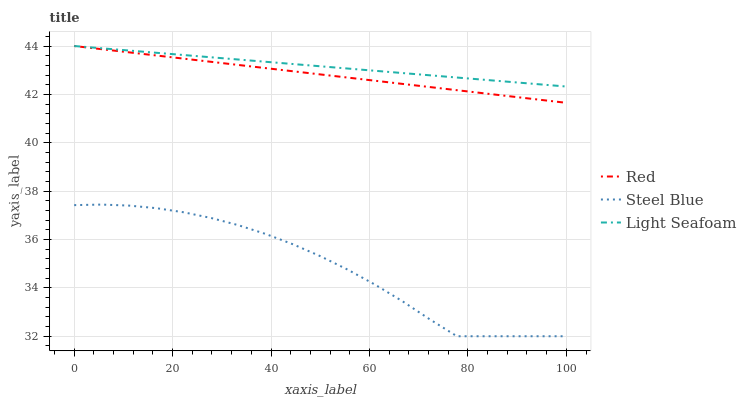
| xaxis_label | Red | Steel Blue | Light Seafoam |
 | --- | --- | --- | --- |
 | 0 | 44 | 37.4 | 44 |
 | 5.56 | 43.9 | 37.4 | 43.9 |
 | 11.1 | 43.7 | 37.4 | 43.8 |
 | 16.7 | 43.6 | 37.3 | 43.7 |
 | 22.2 | 43.5 | 37.1 | 43.6 |
 | 27.8 | 43.3 | 36.9 | 43.5 |
 | 33.3 | 43.2 | 36.6 | 43.4 |
 | 38.9 | 43.1 | 36.2 | 43.3 |
 | 44.4 | 43 | 35.8 | 43.3 |
 | 50 | 42.8 | 35.3 | 43.2 |
 | 55.6 | 42.7 | 34.8 | 43.1 |
 | 61.1 | 42.6 | 34.1 | 43 |
 | 66.7 | 42.4 | 33.5 | 42.9 |
 | 72.2 | 42.3 | 32.7 | 42.8 |
 | 77.8 | 42.2 | 32 | 42.7 |
 | 83.3 | 42 | 32 | 42.6 |
 | 88.9 | 41.9 | 32 | 42.5 |
 | 94.4 | 41.8 | 32 | 42.4 |
 | 100 | 41.7 | 32 | 42.3 |